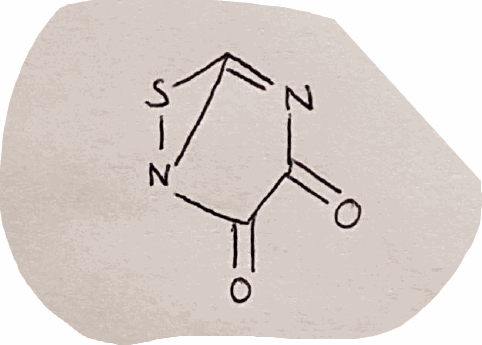
Simplified molecular-input line-entry system (SMILES) notation of the given molecule:
C1(=O)C(=O)N2C(=N1)S2